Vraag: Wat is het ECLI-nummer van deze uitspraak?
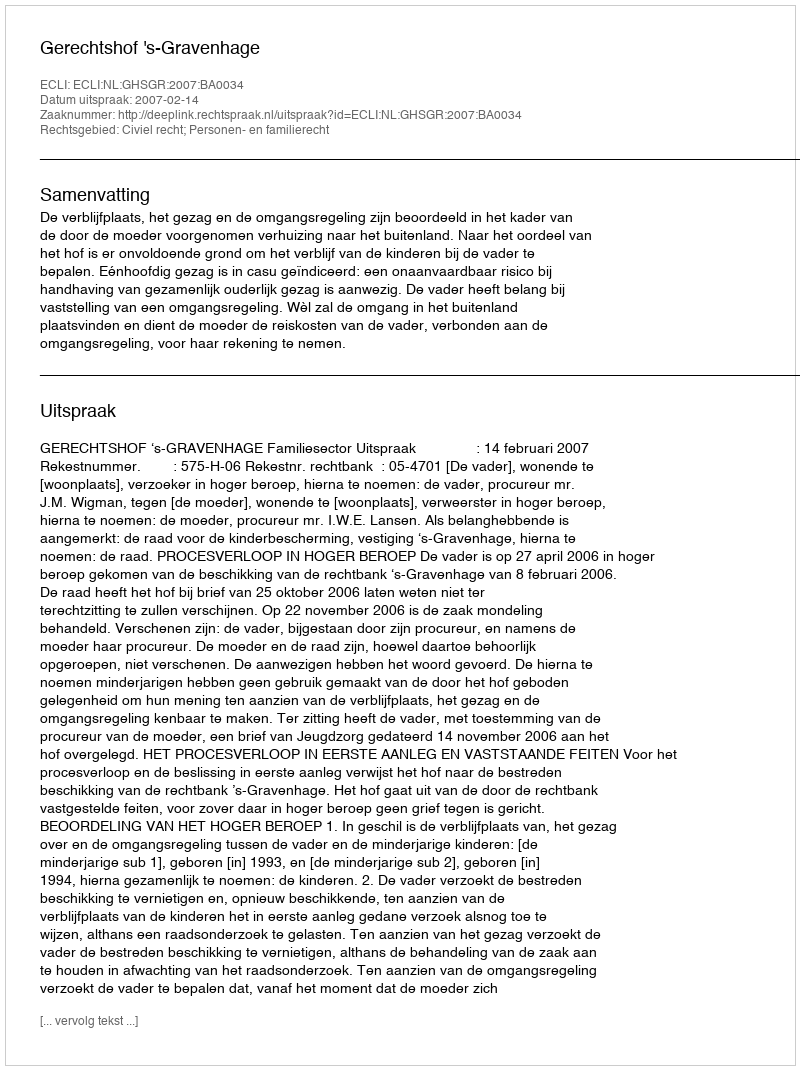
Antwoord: ECLI:NL:GHSGR:2007:BA0034